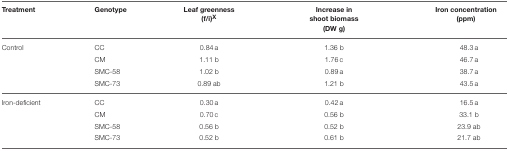
| Treatment | Genotype | Leaf greenness (f/i)X | Increase in shoot biomass (DW g) | Iron concentration (ppm) |
 | --- | --- | --- | --- | --- |
 | Control | CC | 0.84 a | 1.36 b | 48.3 a |
 |  | CM | 1.11 b | 1.76 c | 46.7 a |
 |  | SMC-58 | 1.02 b | 0.89 a | 38.7 a |
 |  | SMC-73 | 0.89 ab | 1.21 b | 43.5 a |
 | Iron-deficient | CC | 0.30 a | 0.42 a | 16.5 a |
 |  | CM | 0.70 c | 0.56 b | 33.1 b |
 |  | SMC-58 | 0.56 b | 0.52 b | 23.9 ab |
 |  | SMC-73 | 0.52 b | 0.61 b | 21.7 ab |